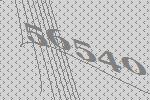
56540